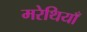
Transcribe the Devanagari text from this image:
मरेथियाँ